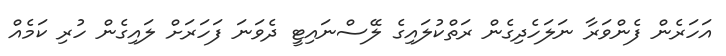
އަހަރެން ފެންވަރާ ނަލަހެދިގެން ރަތްކުލައިގެ ލޭސްނައިޓީ ދެވަނަ ފަހަރަށް ލައިގެން ހުރި ކަމެއް